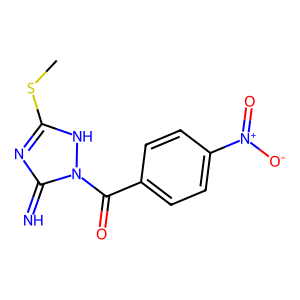
SMILES: CSc1nc(=N)n(C(=O)c2ccc([N+](=O)[O-])cc2)[nH]1
Inhibits HIV replication: No